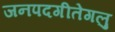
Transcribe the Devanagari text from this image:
जनपदगीतेगलु